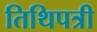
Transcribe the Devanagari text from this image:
तिथिपत्री